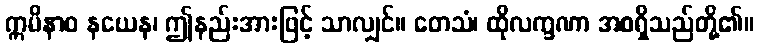
ဣမိနာဝ နယေန၊ ဤနည်းအားဖြင့် သာလျှင်။ တေသံ၊ ထိုလက္ခဏာ အစရှိသည်တို့၏။